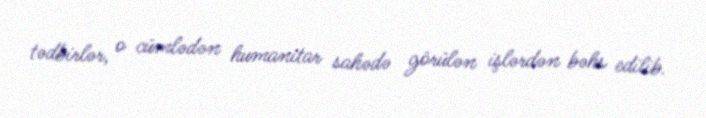
tədbirlər, o cümlədən humanitar sahədə görülən işlərdən bəhs edilib.